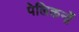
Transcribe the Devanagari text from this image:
पेलिकनों